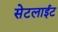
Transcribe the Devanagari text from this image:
सेटलाईट